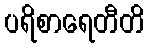
ပရိစာရေတီတိ